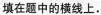
填在题中的横线上.